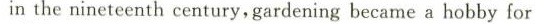
in the nineteenth century, gardening became a hobby for